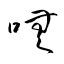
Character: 嘸